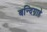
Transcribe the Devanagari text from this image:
बन्दिग्राहे